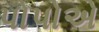
પોપોએ